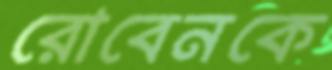
রোবেনকে